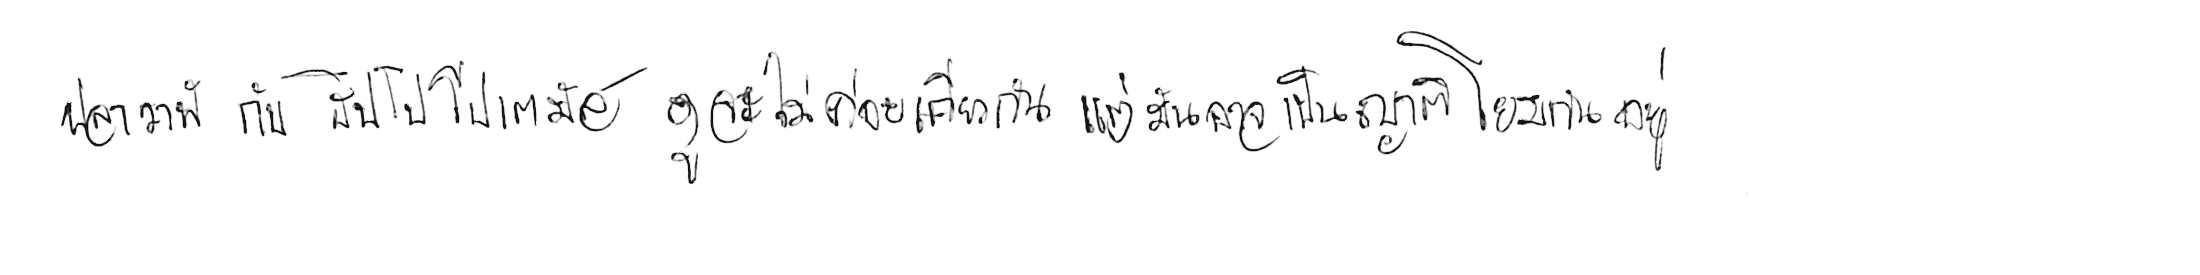
ปลาวาฬ กับ ฮิปโปโปเตมัส ดูจะไม่ค่อยเกี่ยวกัน แต่มันอาจเป็นญาติโยมกันอยู่